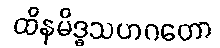
ထိနမိဒ္ဓသဟဂတော